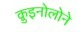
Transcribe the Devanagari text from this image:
क़ुइनोलोने